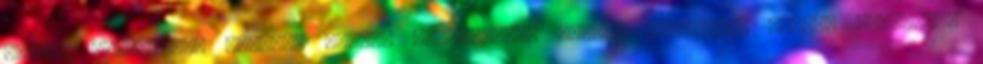
téridő alagutakat nyitnak néhány pillanatra, amiken keresztül idegen entitások